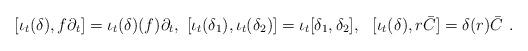
LaTeX: \begin{align*} [\iota_t(\delta), f\partial_t]= \iota_t( \delta) (f)\partial_t , \,\,[\iota_t(\delta_1), \iota_t(\delta_2)]=\iota_t [\delta_1, \delta_2], \,\,\,\,[\iota_t(\delta), r\bar{C}]=\delta(r)\bar{C} \,\,. \end{align*}